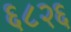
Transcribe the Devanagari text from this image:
६८२६